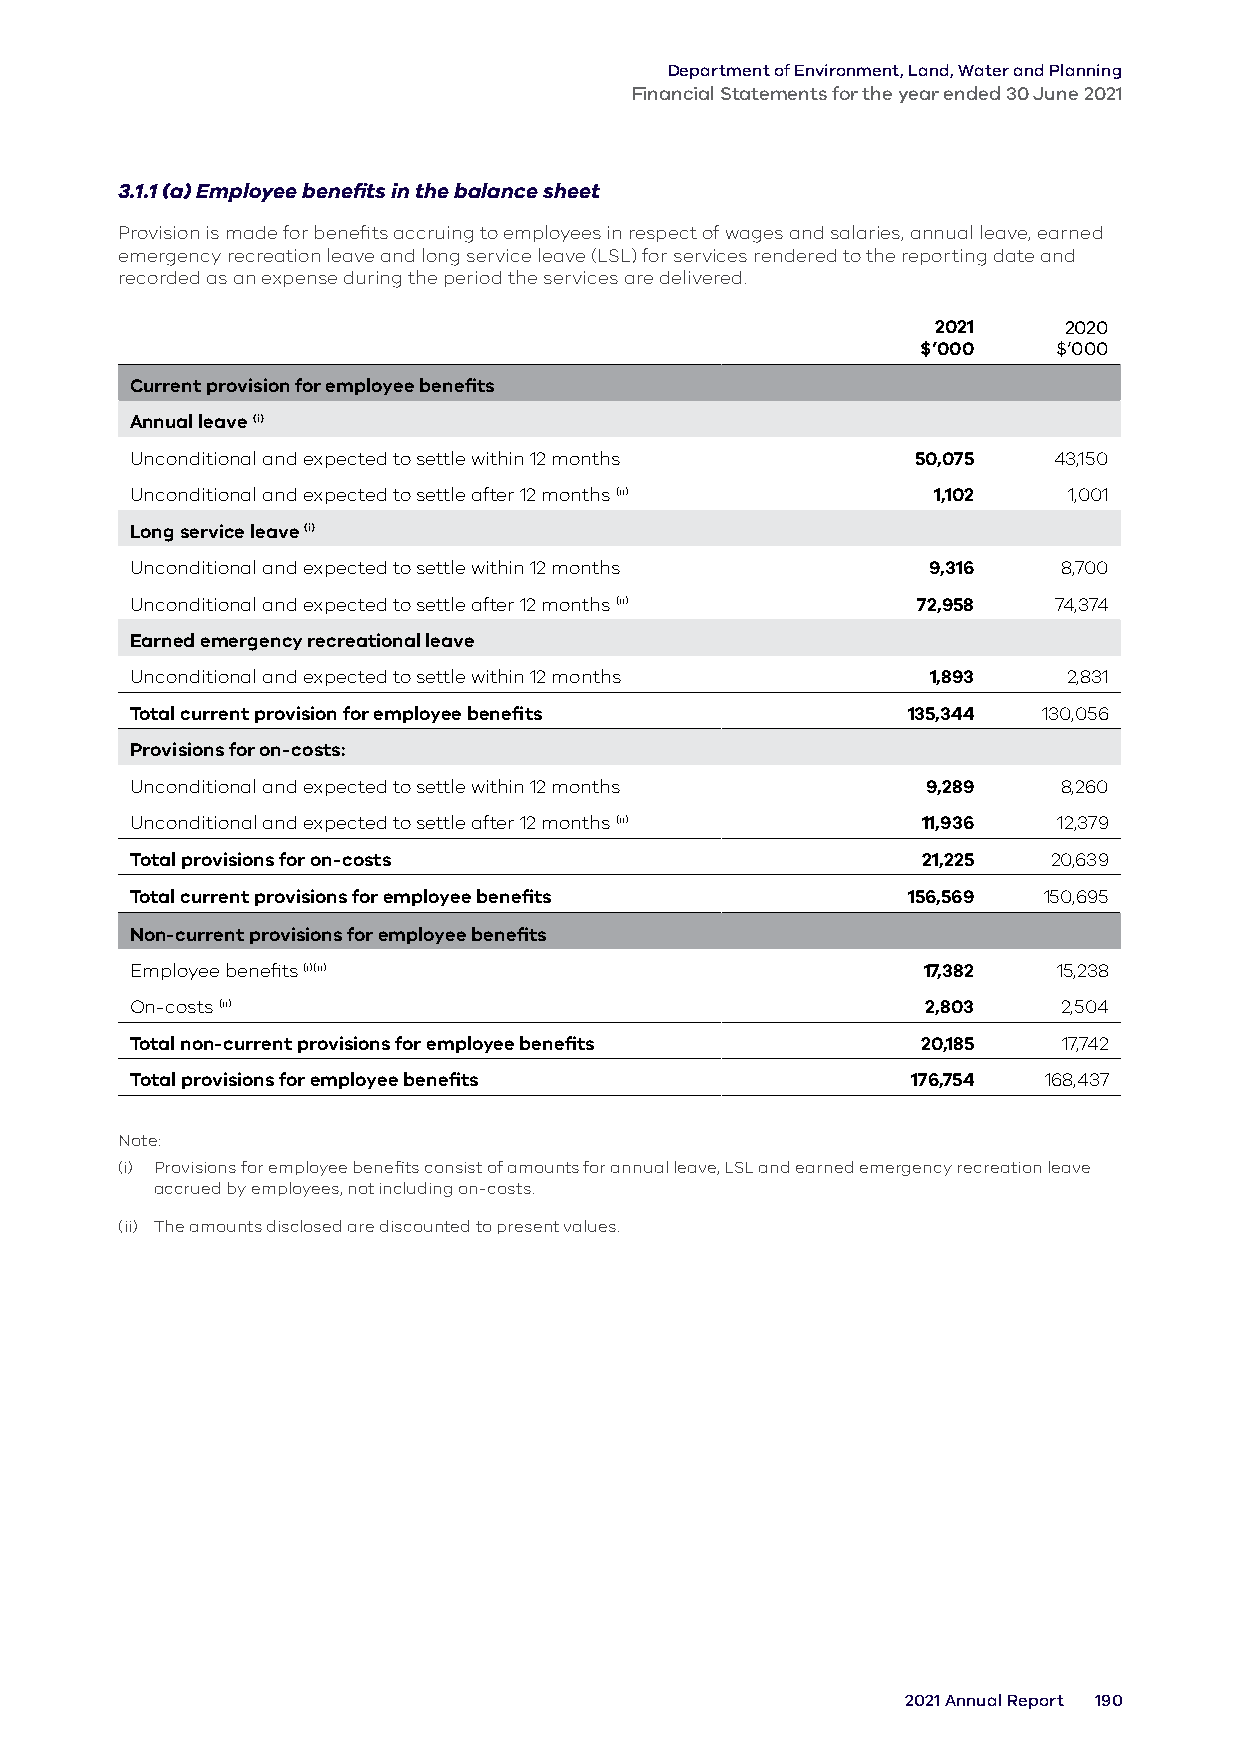
Department of Environment, Land, Water and Planning
 Financial Statements for the year ended 30 June 2021
 3.1.1 (a) Employee benefits in the balance sheet
 Provision is made for benefits accruing to employees in respect of wages and salaries, annual leave, earned
 emergency recreation leave and long service leave (LSL) for services rendered to the reporting date and
 recorded as an expense during the period the services are delivered.
 2021    2020
 $’000    $’000
 Current provision for employee benefits
 Annual leave (i)
 Unconditional and expected to settle within 12 months 50,075 43,150
 Unconditional and expected to settle after 12 months (ii) 1,102 1,001
 Long service leave (i)
 Unconditional and expected to settle within 12 months 9,316  8,700
 Unconditional and expected to settle after 12 months (ii) 72,958 74,374
 Earned emergency recreational leave
 Unconditional and expected to settle within 12 months 1,893   2,831
 Total current provision for employee benefits      135,344  130,056
 Provisions for on-costs:
 Unconditional and expected to settle within 12 months 9,289  8,260
 Unconditional and expected to settle after 12 months (ii) 11,936 12,379
 Total provisions for on-costs                       21,225   20,639
 Total current provisions for employee benefits     156,569  150,695
 Non-current provisions for employee benefits
 Employee benefits (i)(ii)                           17,382   15,238
 On-costs (ii)                                       2,803    2,504
 Total non-current provisions for employee benefits  20,185   17,742
 Total provisions for employee benefits             176,754  168,437
 Note:
 (i) Provisions for employee benefits consist of amounts for annual leave, LSL and earned emergency recreation leave
 accrued by employees, not including on-costs.
 (ii) The amounts disclosed are discounted to present values.
 2021 Annual Report 190